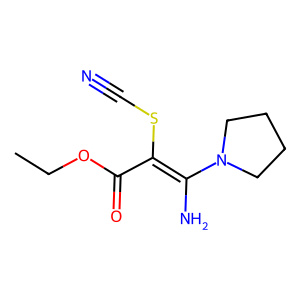
SMILES: CCOC(=O)C(SC#N)=C(N)N1CCCC1
Inhibits HIV replication: No